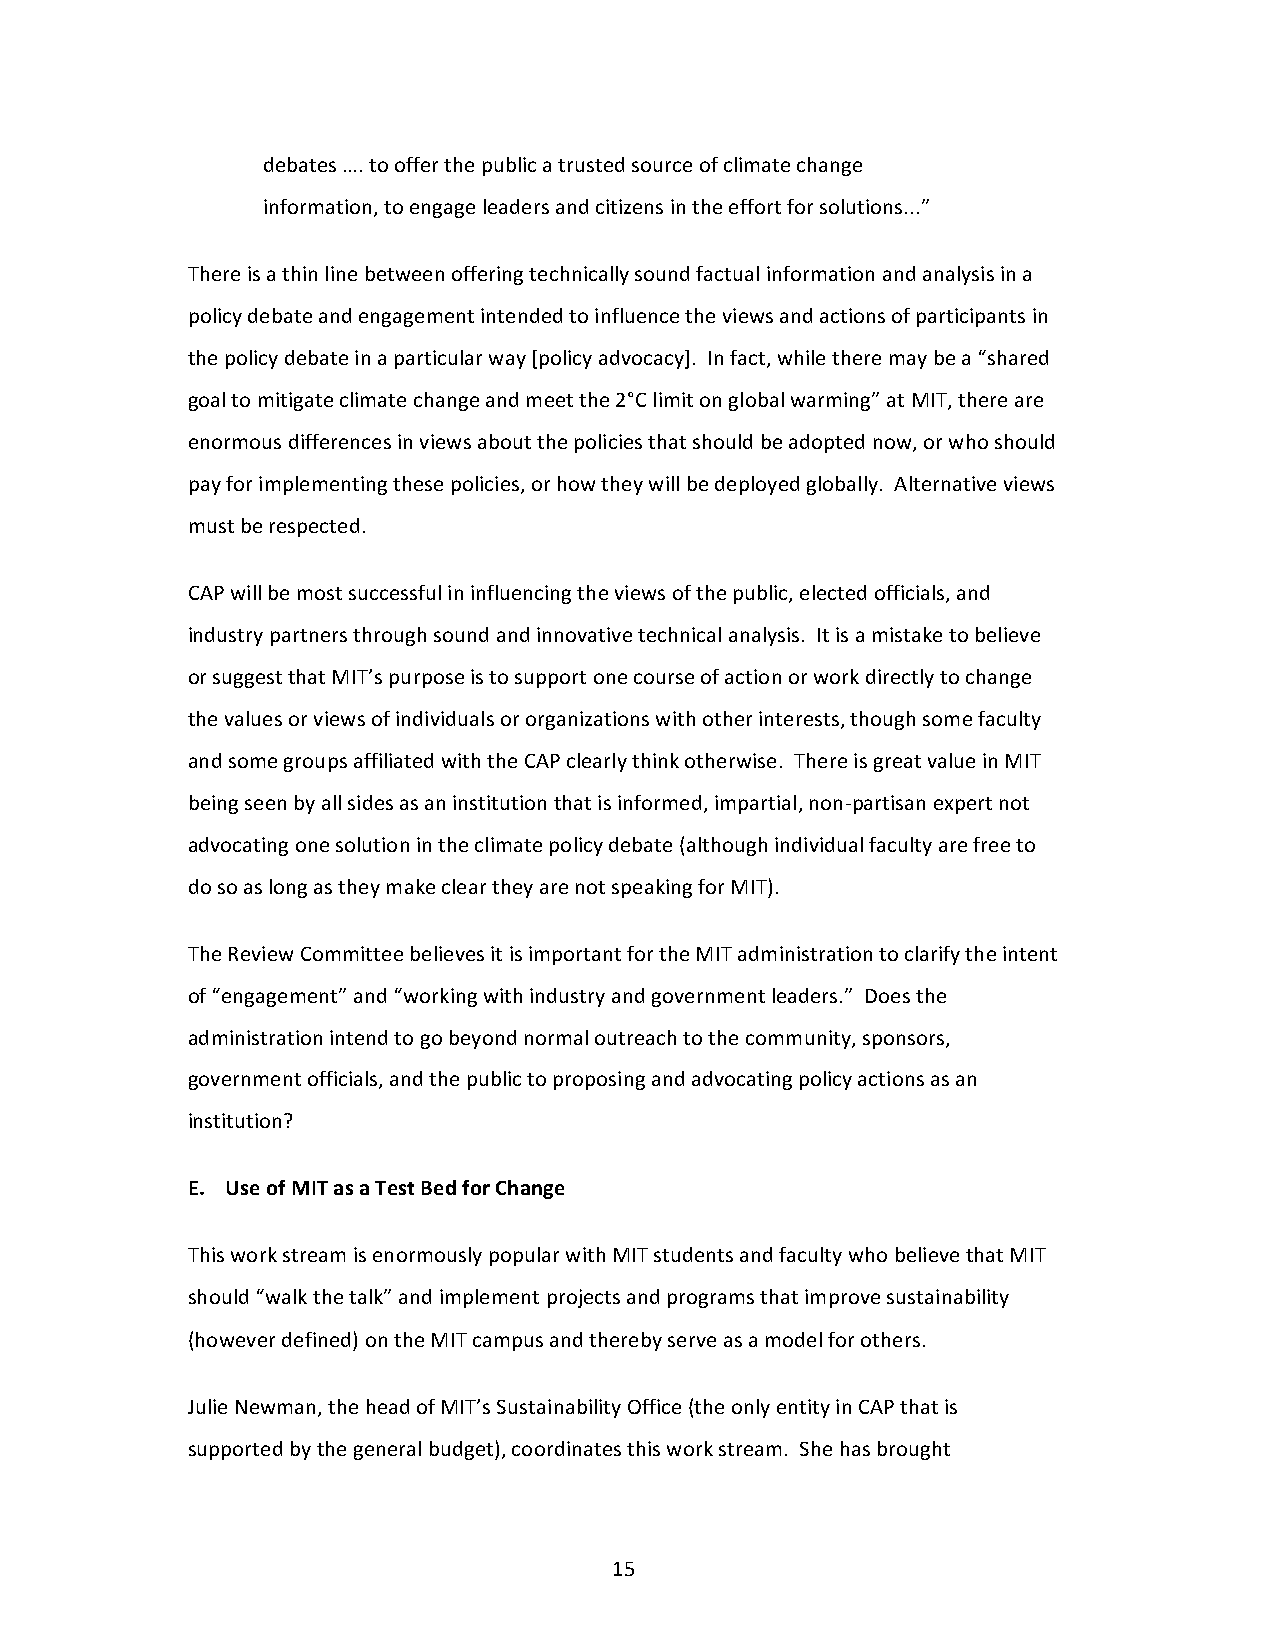
debates …. to offer the public a trusted source of climate change
 information, to engage leaders and citizens in the effort for solutions...”
 There is a thin line between offering technically sound factual information and analysis in a
 policy debate and engagement intended to influence the views and actions of participants in
 the policy debate in a particular way [policy advocacy]. In fact, while there may be a “shared
 goal to mitigate climate change and meet the 2°C limit on global warming” at MIT, there are
 enormous differences in views about the policies that should be adopted now, or who should
 pay for implementing these policies, or how they will be deployed globally. Alternative views
 must be respected.
 CAP will be most successful in influencing the views of the public, elected officials, and
 industry partners through sound and innovative technical analysis. It is a mistake to believe
 or suggest that MIT’s purpose is to support one course of action or work directly to change
 the values or views of individuals or organizations with other interests, though some faculty
 and some groups affiliated with the CAP clearly think otherwise. There is great value in MIT
 being seen by all sides as an institution that is informed, impartial, non-partisan expert not
 advocating one solution in the climate policy debate (although individual faculty are free to
 do so as long as they make clear they are not speaking for MIT).
 The Review Committee believes it is important for the MIT administration to clarify the intent
 of “engagement” and “working with industry and government leaders.” Does the
 administration intend to go beyond normal outreach to the community, sponsors,
 government officials, and the public to proposing and advocating policy actions as an
 institution?
 E. Use of MIT as a Test Bed for Change
 This work stream is enormously popular with MIT students and faculty who believe that MIT
 should “walk the talk” and implement projects and programs that improve sustainability
 (however defined) on the MIT campus and thereby serve as a model for others.
 Julie Newman, the head of MIT’s Sustainability Office (the only entity in CAP that is
 supported by the general budget), coordinates this work stream. She has brought
 15